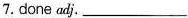
7.done adj. ___